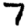
Digit: 7